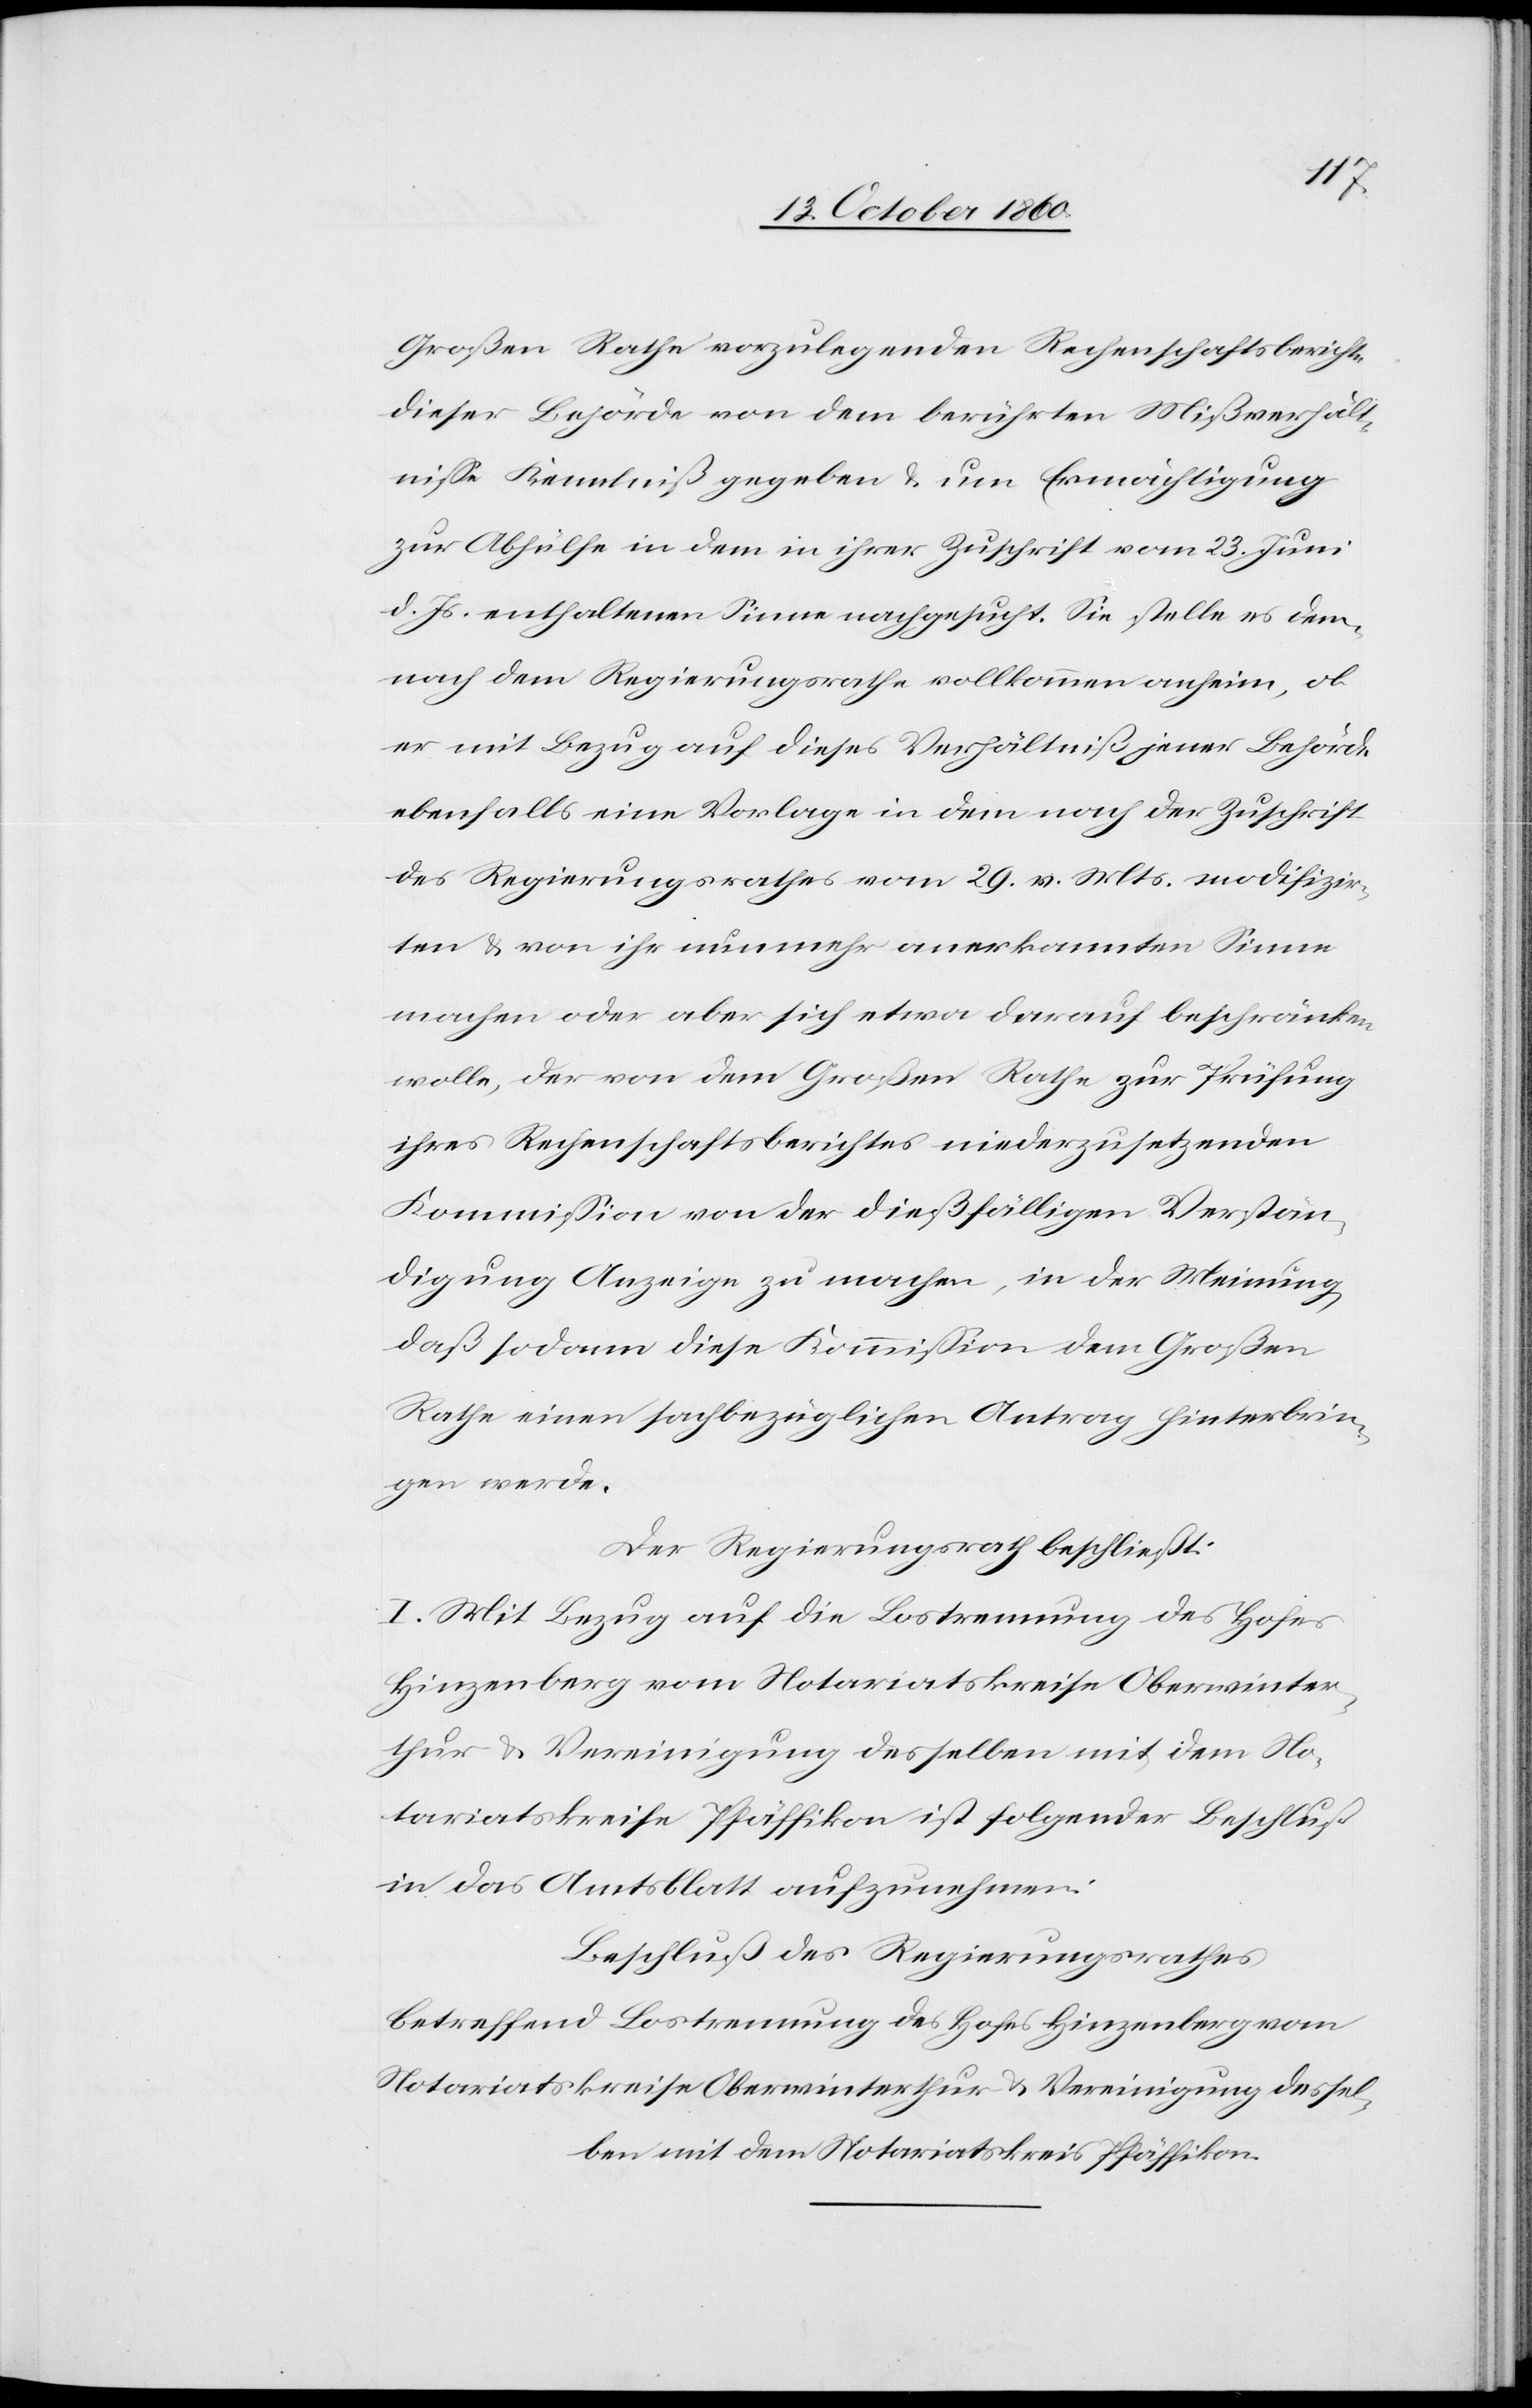
Großen Rathe vorzulegenden Rechenschaftsberichte
dieser Behörde von dem berührten Mißverhält¬
nisse Kenntniß gegeben u. um Ermächtigung
zur Abhülfe in dem in ihrer Zuschrift vom 23. Juni
d. Js. enthaltenen Sinne nachgesucht. Sie stelle es dem¬
nach dem Regierungsrathe vollkommen anheim, ob
er mit Bezug auf dieses Verhältniß jener Behörde
ebenfalls eine Vorlage in den nach der Zuschrift
des Regierungsrathes vom 29. v. Mts. modifzir¬
ten u. von ihr nunmehr anerkannten Sinne
machen oder aber sich etwa darauf beschränken
wolle, der von dem Großen Rathe zur Prüfung
ihres Rechenschaftsberichtes niederzusetzenden
Kommission von der dießfälligen Verstän¬
digung Anzeige zu machen, in der Meinung,
daß sodann diese Kommission dem Großen
Rathe einen sachbezüglichen Antrag hinterbrin¬
gen werde.
Der Regierungsrath beschließt:
I. Mit Bezug auf die Lostrennung des Hofes
Hinzenberg vom Notariatskreise Oberwinter¬
thur u. Vereinigung desselben mit dem No¬
tariatskreise Pfäffikon ist folgender Beschluß
in das Amtsblatt aufzunehmen.
Beschluß des Regierungsrathes
Betreffend Lostrennung des Hofes Hinzenberg vom
Notariatskreise Oberwinterthur u. Vereinigung dessel¬
ben mit dem Notariatskreis Pfäffikon.